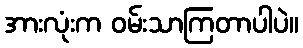
အားလုံးက ဝမ်းသာကြတာပါပဲ။